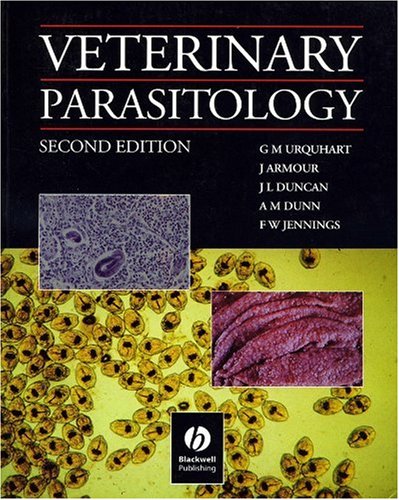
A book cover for Veterinary Parasitology; James Armour; Medical Books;